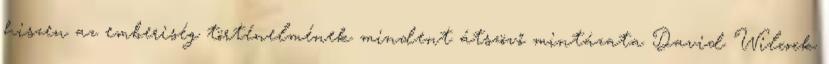
hiszen az emberiség történelmének mindent átszövő mintázata David Wilcock